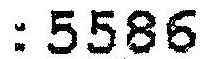
: 5586